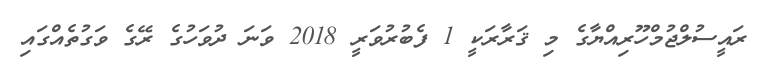
ރައީސުލްޖުމްހޫރިއްޔާގެ މި ޤަރާރަކީ 1 ފެބުރުވަރީ 2018 ވަނަ ދުވަހުގެ ރޭގެ ވަގުތެއްގައި